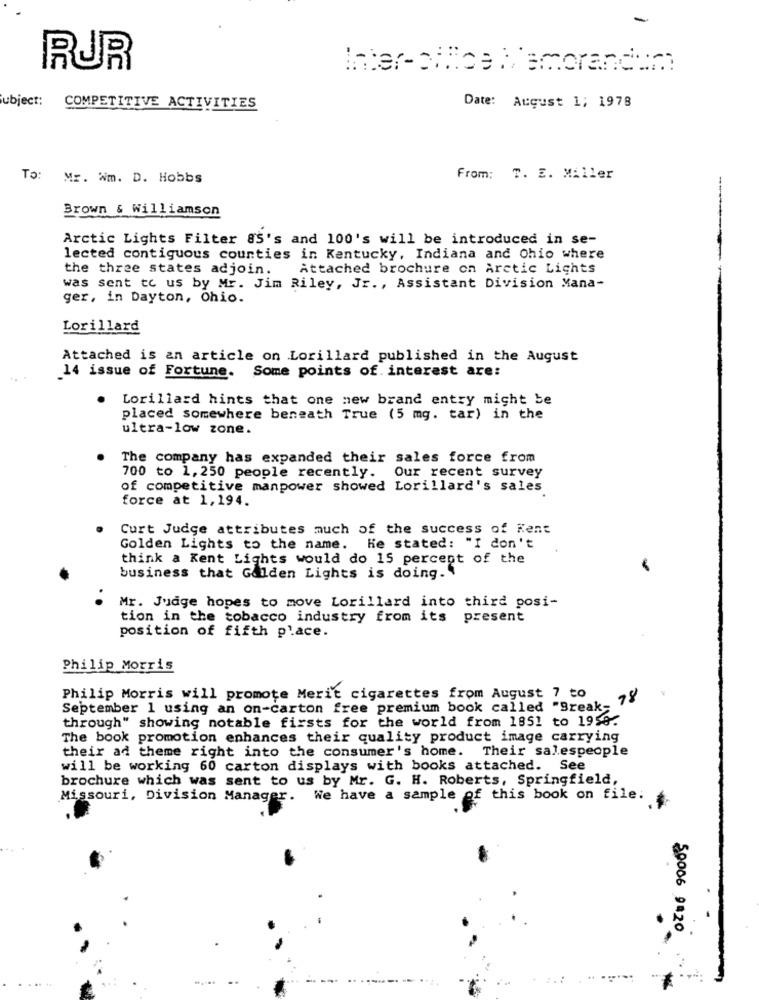
RUR
Inter-olioe Memorandum
ubject: COMPETITIVE ACTIVITIES
Date: August 1; 1978
To: Mr. Wm. D. Hobbs
From: T. E. Miller
--
Brown & Williamson
Arctic Lights Filter &S's and 100's will be introduced in se-
lected contiguous counties in Kentucky, Indiana and Ohio where
the three states adjoin.
Attached brochure on Arctic Lights
was sent to us by Mr. Jim Riley, Jr ., Assistant Division Mana-
ger, in Dayton, Ohio.
Lorillard
Attached is an article on Lorillard published in the August
14 issue of Fortune. Some points of interest are:
Lorillard hints that one new brand entry might be
placed somewhere beneath True (5 mg. tar) in the
ultra-low zone.
The company has expanded their sales force from
700 to 1,250 people recently. Our recent survey
of competitive manpower showed Lorillard's sales
force at 1,194.
Curt Judge attributes much of the success of Kent
Golden Lights to the name. He stated: "I don't
think a Kent Lights would do 15 percent of the
business that Golden Lights is doing.
Mr. Judge hopes to move Lorillard into third posi-
tion in the tobacco industry from its present
position of fifth place.
Philip Morris
Philip Morris will promote Merit cigarettes from August 7 to
78
September 1 using an on-carton free premium book called "Break-
through" showing notable firsts for the world from 1851 to 1959.
The book promotion enhances their quality product image carrying
their ad theme right into the consumer's home. Their salespeople
will be working 60 carton displays with books attached. See
brochure which was sent to us by Mr. G. H. Roberts, Springfield,
Missouri, Division Manager.
We have a sample of this book on file:
50006 9420